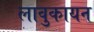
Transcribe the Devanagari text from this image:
लावुकायन